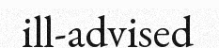
ill-advised